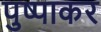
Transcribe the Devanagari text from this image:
पुष्पाकर